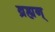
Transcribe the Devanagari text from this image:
ब्रह्यन्‌